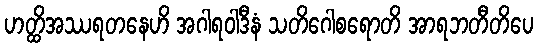
ဟတ္ထိအဿရတနေဟိ အဂါရဝါဒီနံ သတိဂေါစရောတိ အာရဘတီတိပေ